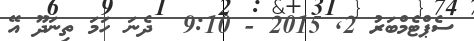
ސެޕްޓެމްބަރު 2